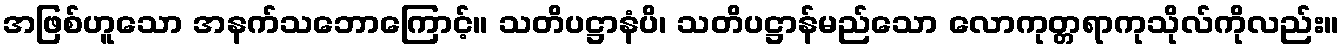
အဖြစ်ဟူသော အနက်သဘောကြောင့်။ သတိပဋ္ဌာနံပိ၊ သတိပဋ္ဌာန်မည်သော လောကုတ္တရာကုသိုလ်ကိုလည်း။